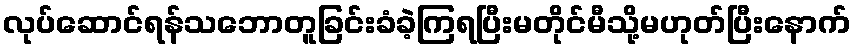
လုပ်ဆောင်ရန်သဘောတူခြင်းခံခဲ့ကြရပြီးမတိုင်မီသို့မဟုတ်ပြီးနောက်